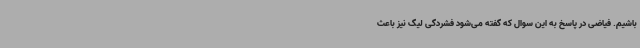
باشیم. فیاضی در پاسخ به این سوال که گفته می‌شود فشردگی لیگ نیز باعث